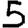
Digit: 5